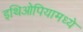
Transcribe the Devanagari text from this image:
इथिओपियामध्ये